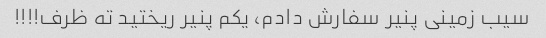
سیب زمینی پنیر سفارش دادم، یکم پنیر ریختید ته ظرف!!!!